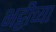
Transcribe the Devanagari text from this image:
भट्टीच्या